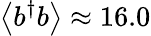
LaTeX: \left<b^{\dagger}b\right>\approx 16.0